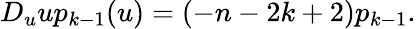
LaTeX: D_{u}up_{k-1}(u)=(-n-2k+2)p_{k-1}.